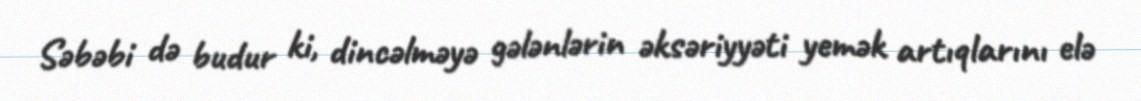
Səbəbi də budur ki, dincəlməyə gələnlərin əksəriyyəti yemək artıqlarını elə